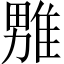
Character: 𪟦